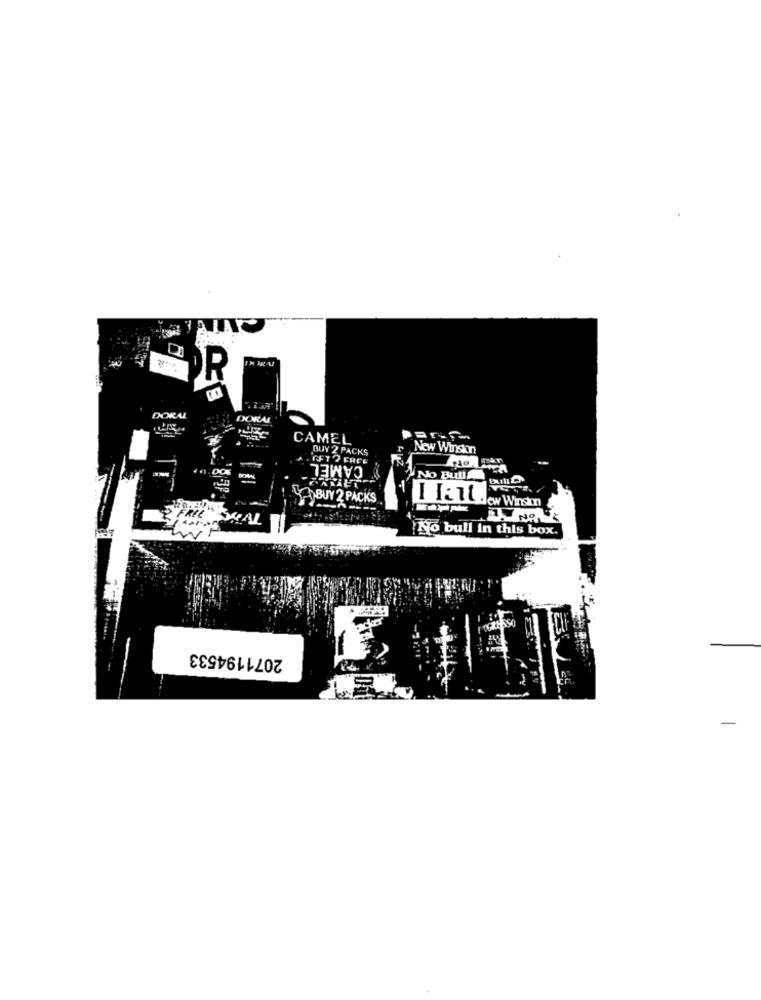
..
DORAL
DORAL
CAMEL
BUY 2 PACKS
New Winson
GFTO ERCE
CAMEL
NO BullAN
YOBUY 2 PACKS
FREE" SKAL
MY NONE
No bull in this box.
2071194533